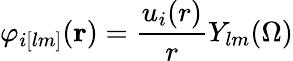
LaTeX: \varphi_{i[lm]}(\mathbf{r})=\frac{u_{i}(r)}{r}Y_{lm}(\Omega)